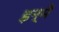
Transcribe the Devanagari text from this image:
इन्‍में